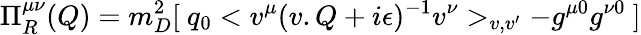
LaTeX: \Pi_{R}^{\mu\nu}(Q)=m_{D}^{2}[\ q_{0}<v^{\mu}(v.Q+i\epsilon)^{-1}v^{\nu}>_{v,v^{\prime}}-g^{\mu 0}g^{\nu 0}\ ]